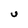
Character: U